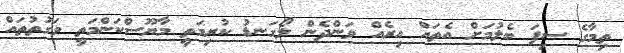
ތިމާގެ ސިފަ ބެލުމަށް އެތައް އިރެއް ވަންދެން ލޯގަނޑު ކުރިމަތީ މާޔޫސްކަންމަތީ ވަގުތުތައް